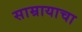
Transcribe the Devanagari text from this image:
साम्रायाचा